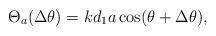
LaTeX: \begin{align*}\Theta _{a}(\Delta \theta )=kd_{1}a\cos (\theta +\Delta \theta) ,\end{align*}